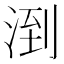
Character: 𪶌